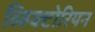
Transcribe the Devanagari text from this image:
व्हिक्टोरियन